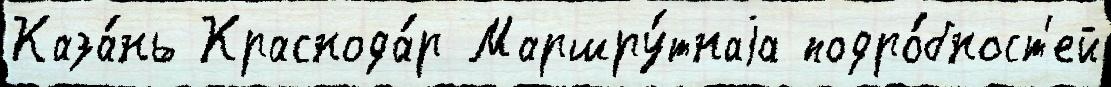
Каза́нь Краснода́р Маршру́тнаjа подро́бност'ей